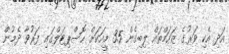
އަދި އެކި ވަރުގެ ޒަހަމްތައް ލިބިގެން 35 މީހަކަށް ހޮސްޕިޓަލްގައި ފަރުވާ ދެމުން